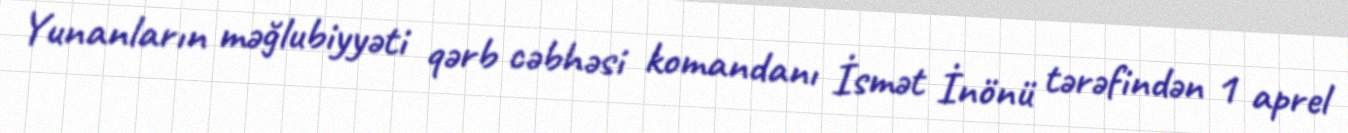
Yunanların məğlubiyyəti qərb cəbhəsi komandanı İsmət İnönü tərəfindən 1 aprel